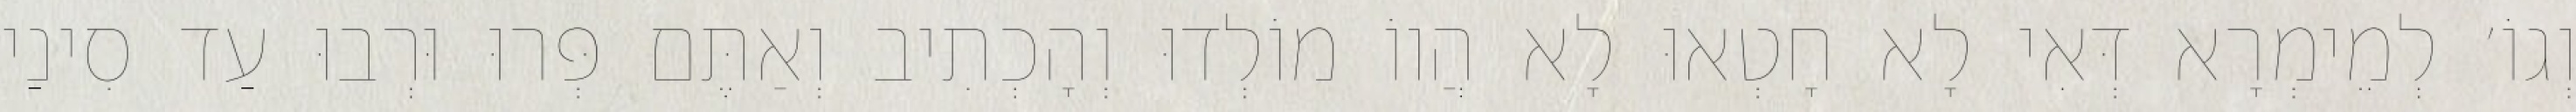
וְגוֹ׳ לְמֵימְרָא דְּאִי לָא חָטְאוּ לָא הֲווֹ מוֹלְדוּ וְהָכְתִיב וְאַתֶּם פְּרוּ וּרְבוּ עַד סִינַי